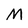
Character: M